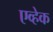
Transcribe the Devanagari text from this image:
एव्हेक